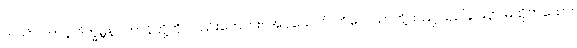
တဒင်္ဂပဟာန် ဝိက္ခမ္ဘနပဟာန်တို့ကို လည်းကောင်း။ အပ္ပယောဂံ၊ ကိလေသာတို့သည် ယှဉ်ခြင်းငှာ မထိုက်သော။